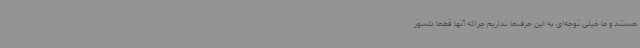
هستند و ما خیلی توجه‌ای به این حرف‌ها نداریم چراکه آنها قطعا دلسوز